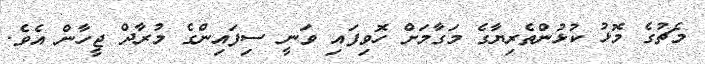
މެޗުގެ މޮޅު ކުޅުންތެރިޔާގެ މަގާމަށް ހޮވިފައި ވަނީ ސިފައިންގެ މުރާދް ޖީހާން އެވެ.